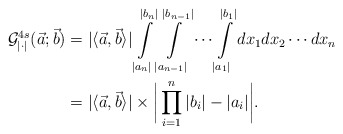
\begin{align*}\mathcal{G}^{4s}_{|\cdot|}(\vec{a};\vec{b})&=|\langle \vec{a},\vec{b}\rangle|\int \limits_{|a_n|}^{|b_n|} \int \limits_{|a_{n-1}|}^{|b_{n-1}|}\cdots \int \limits_{|a_1|}^{|b_1|}dx_1dx_2\cdots dx_n \\&=|\langle \vec{a},\vec{b}\rangle|\times \bigg|\prod_{i=1}^{n}|b_i|-|a_i|\bigg|.\end{align*}